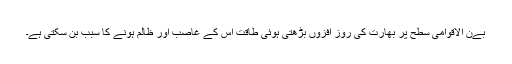
بےن الاقوامی سطح پر بھارت کی روز افزوں بڑھتی ہوئی طاقت اس کے غاصب اور ظالم ہونے کا سبب بن سکتی ہے۔